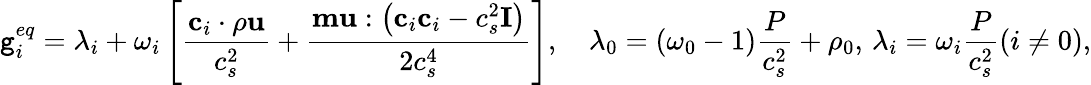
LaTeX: \mathtt{g}_{i}^{eq}=\lambda_{i}+\omega_{i}\left[\frac{{\mathbf{{c}}_{i}\cdot\rho\mathbf{{u}}}}{{c_{s}^{2}}}+\frac{{\mathbf{{m}}\mathbf{{u}}:\left(\mathbf{{c}}_{i}\mathbf{{c}}_{i}-c_{s}^{2}\mathbf{{I}}\right)}}{{2c_{s}^{4}}}\right],\quad\lambda_{0}=\left(\omega_{0}-1\right)\frac{{P}}{{c_{s}^{2}}}+\rho_{0},\, \lambda_{i}=\omega_{i}\frac{{P}}{{c_{s}^{2}}}(i\neq0),